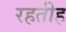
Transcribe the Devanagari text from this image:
रहतीह